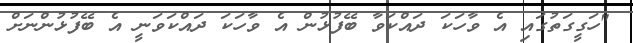
"ހަގީގަތުގައި އެ ވާހަކަ ދައްކަވާ ބޭފުޅުން އެ ވާހަކަ ދައްކަވަނީ އެ ބޭފުޅުންނަށް